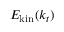
E _ { \mathrm { k i n } } ( k _ { t } )